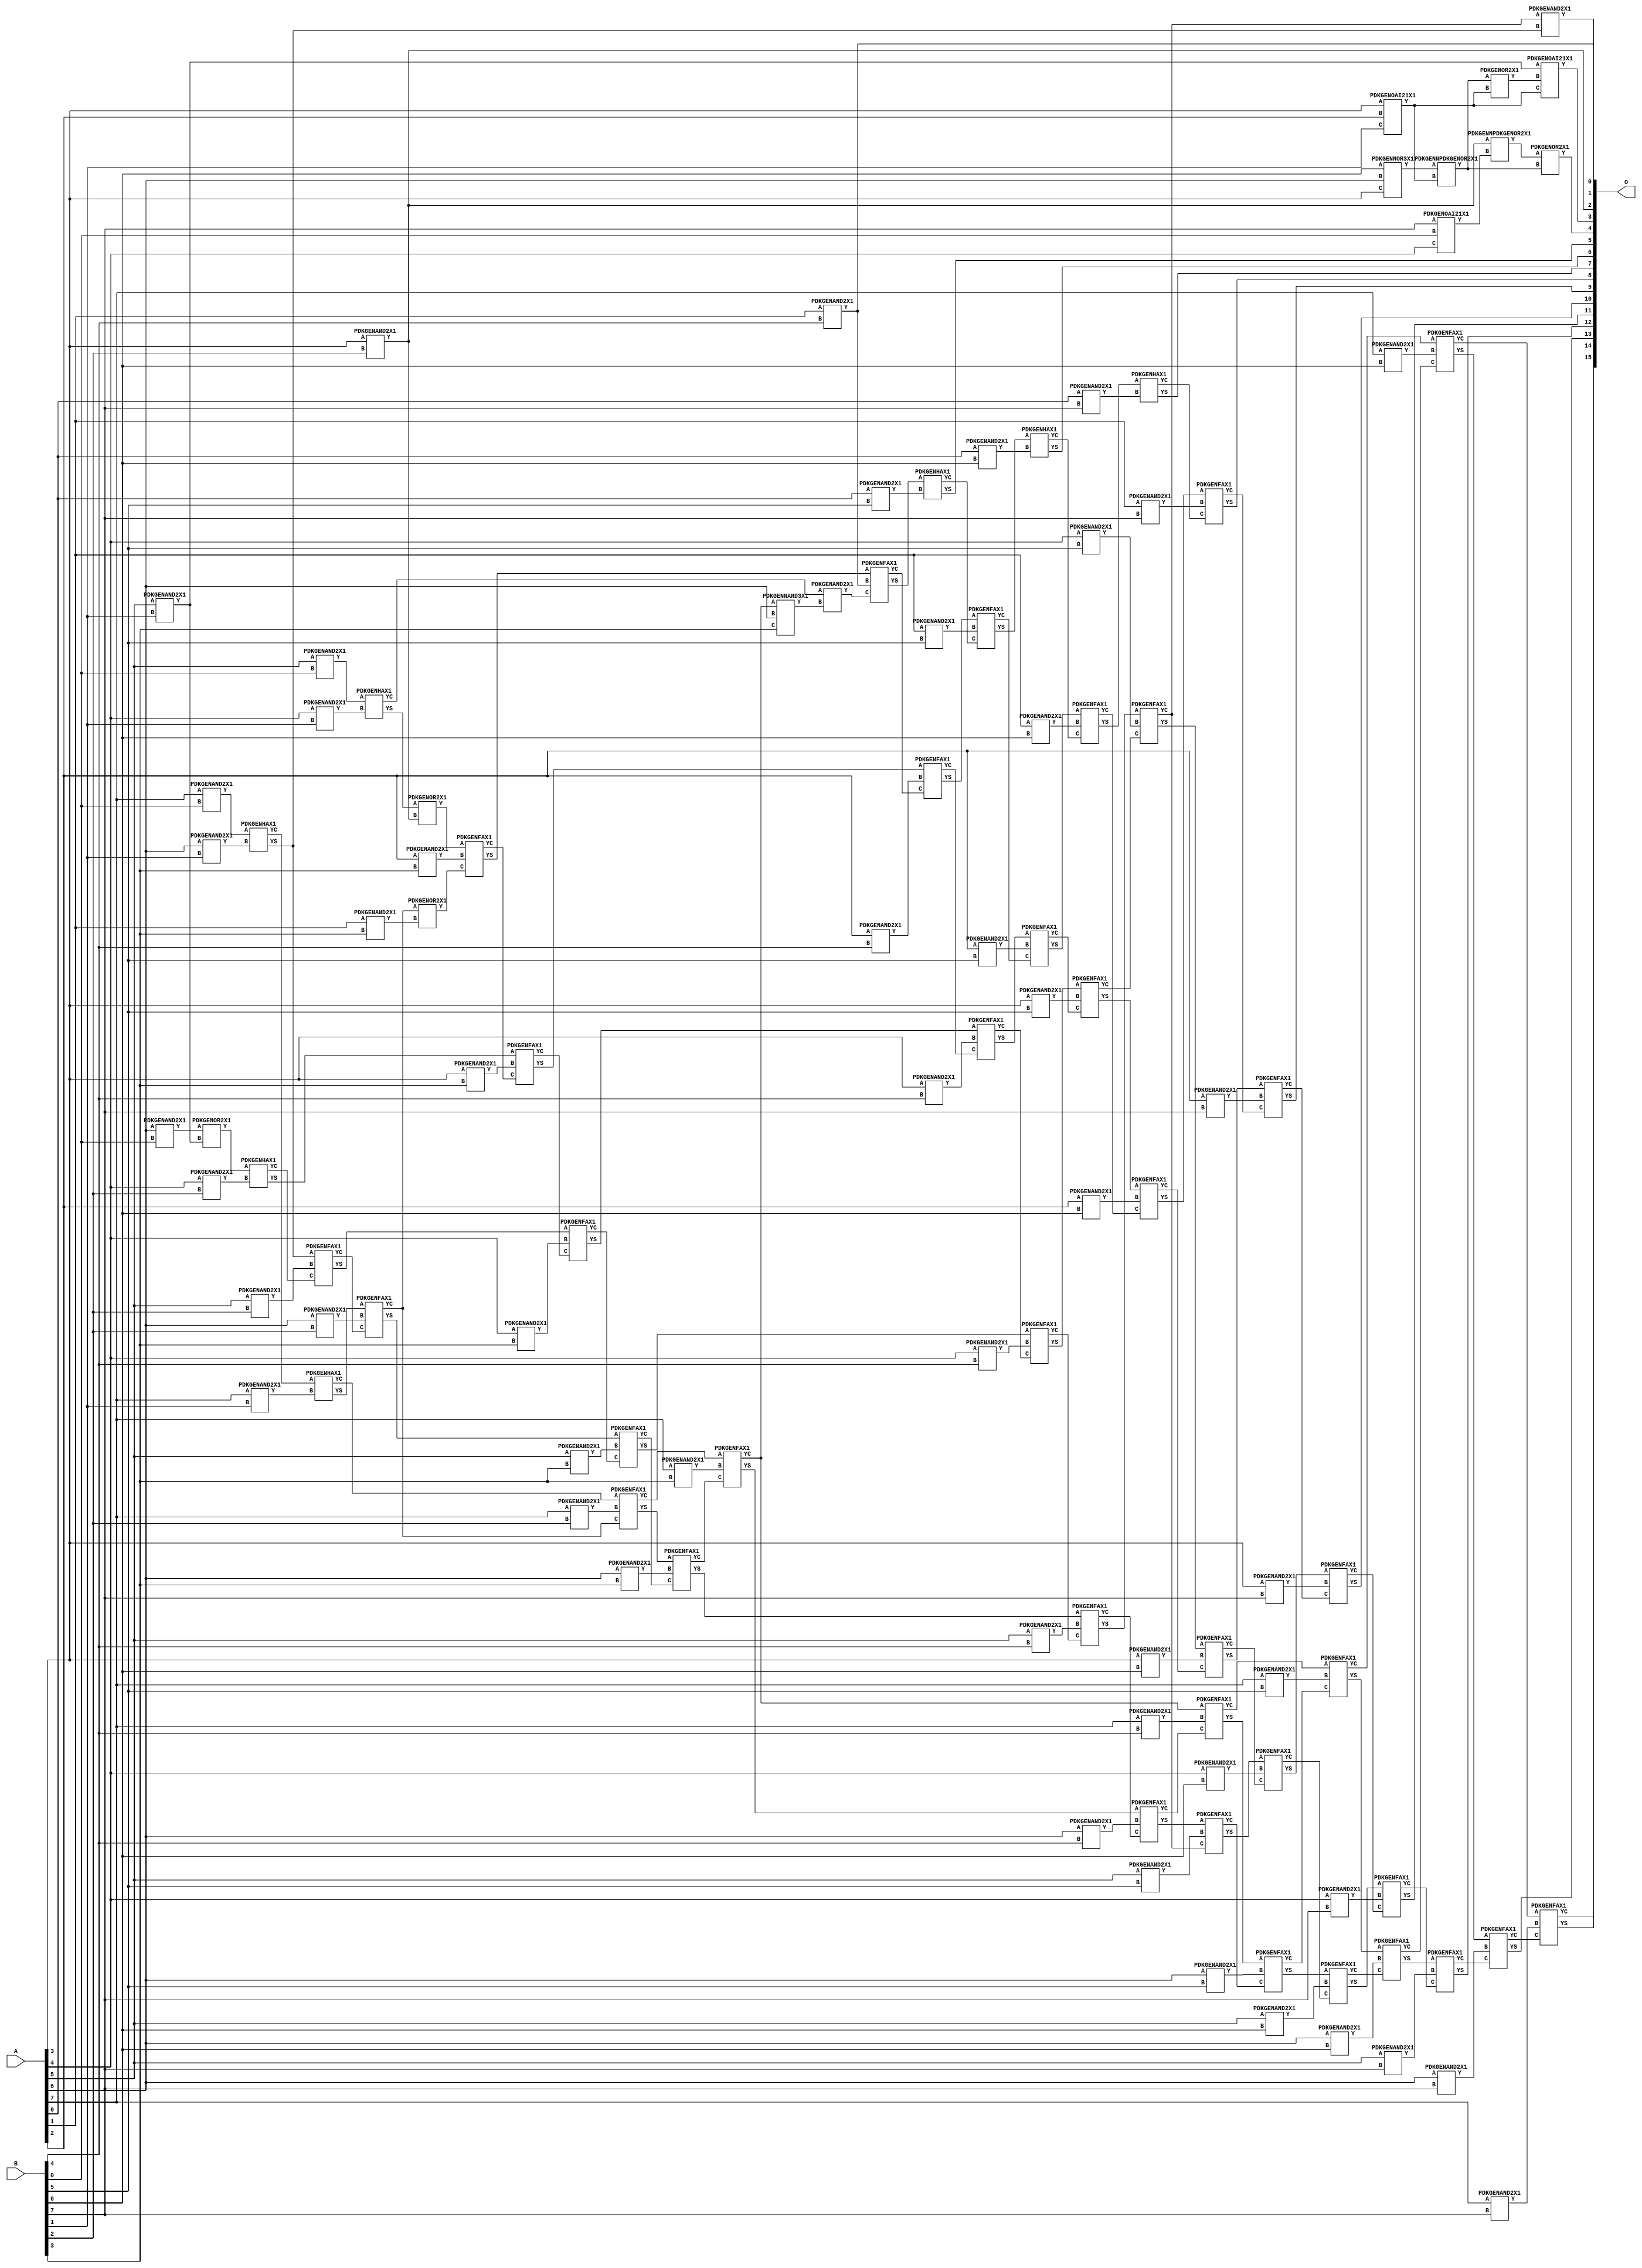
// Library = EvoApprox8b
// Circuit = mul8_302
// Area   (180) = 7041
// Delay  (180) = 5.860
// Power  (180) = 3791.90
// Area   (45) = 515
// Delay  (45) = 2.160
// Power  (45) = 329.60
// Nodes = 108
// HD = 190489
// MAE = 23.11163
// MSE = 1250.28607
// MRE = 0.81 %
// WCE = 195
// WCRE = 100 %
// EP = 89.5 %

module mul8_302(A, B, O);
  input [7:0] A;
  input [7:0] B;
  output [15:0] O;
  wire [2031:0] N;

  assign N[0] = A[0];
  assign N[1] = A[0];
  assign N[2] = A[1];
  assign N[3] = A[1];
  assign N[4] = A[2];
  assign N[5] = A[2];
  assign N[6] = A[3];
  assign N[7] = A[3];
  assign N[8] = A[4];
  assign N[9] = A[4];
  assign N[10] = A[5];
  assign N[11] = A[5];
  assign N[12] = A[6];
  assign N[13] = A[6];
  assign N[14] = A[7];
  assign N[15] = A[7];
  assign N[16] = B[0];
  assign N[17] = B[0];
  assign N[18] = B[1];
  assign N[19] = B[1];
  assign N[20] = B[2];
  assign N[21] = B[2];
  assign N[22] = B[3];
  assign N[23] = B[3];
  assign N[24] = B[4];
  assign N[25] = B[4];
  assign N[26] = B[5];
  assign N[27] = B[5];
  assign N[28] = B[6];
  assign N[29] = B[6];
  assign N[30] = B[7];
  assign N[31] = B[7];

  PDKGENNOR3X1 n32(.A(N[28]), .B(N[12]), .C(N[6]), .Y(N[32]));
  assign N[33] = N[32];
  PDKGENOAI21X1 n34(.A(N[6]), .B(N[4]), .C(N[18]), .Y(N[34]));
  assign N[35] = N[34];
  PDKGENNPDKGENOR2X1 n38(.A(N[33]), .B(N[34]), .Y(N[38]));
  assign N[39] = N[38];
  PDKGENOAI21X1 n46(.A(N[30]), .B(N[16]), .C(N[8]), .Y(N[46]));
  PDKGENAND2X1 n82(.A(N[6]), .B(N[20]), .Y(N[82]));
  assign N[83] = N[82];
  PDKGENNPDKGENOR2X1 n92(.A(N[82]), .B(N[46]), .Y(N[92]));
  assign N[93] = N[92];
  PDKGENAND2X1 n114(.A(N[10]), .B(N[16]), .Y(N[114]));
  PDKGENOR2X1 n118(.A(N[39]), .B(N[34]), .Y(N[118]));
  PDKGENAND2X1 n132(.A(N[12]), .B(N[16]), .Y(N[132]));
  PDKGENAND2X1 n148(.A(N[14]), .B(N[16]), .Y(N[148]));
  PDKGENOR2X1 n220(.A(N[93]), .B(N[38]), .Y(N[220]));
  assign N[221] = N[220];
  PDKGENAND2X1 n232(.A(N[8]), .B(N[18]), .Y(N[232]));
  PDKGENAND2X1 n248(.A(N[10]), .B(N[18]), .Y(N[248]));
  assign N[249] = N[248];
  PDKGENAND2X1 n264(.A(N[12]), .B(N[18]), .Y(N[264]));
  PDKGENAND2X1 n282(.A(N[14]), .B(N[18]), .Y(N[282]));
  PDKGENOAI21X1 n304(.A(N[249]), .B(N[118]), .C(N[35]), .Y(N[304]));
  PDKGENHAX1 n364(.A(N[114]), .B(N[232]), .YS(N[364]), .YC(N[365]));
  PDKGENOR2X1 n382(.A(N[132]), .B(N[248]), .Y(N[382]));
  PDKGENHAX1 n398(.A(N[148]), .B(N[264]), .YS(N[398]), .YC(N[399]));
  PDKGENHAX1 n414(.A(N[399]), .B(N[282]), .YS(N[414]), .YC(N[415]));
  PDKGENAND2X1 n498(.A(N[8]), .B(N[20]), .Y(N[498]));
  PDKGENAND2X1 n514(.A(N[10]), .B(N[20]), .Y(N[514]));
  PDKGENAND2X1 n532(.A(N[12]), .B(N[20]), .Y(N[532]));
  PDKGENAND2X1 n548(.A(N[14]), .B(N[20]), .Y(N[548]));
  PDKGENOR2X1 n614(.A(N[364]), .B(N[82]), .Y(N[614]));
  PDKGENHAX1 n632(.A(N[382]), .B(N[498]), .YS(N[632]), .YC(N[633]));
  PDKGENFAX1 n648(.A(N[398]), .B(N[514]), .C(N[633]), .YS(N[648]), .YC(N[649]));
  PDKGENFAX1 n664(.A(N[414]), .B(N[532]), .C(N[649]), .YS(N[664]), .YC(N[665]));
  PDKGENFAX1 n682(.A(N[415]), .B(N[548]), .C(N[665]), .YS(N[682]), .YC(N[683]));
  PDKGENAND2X1 n714(.A(N[2]), .B(N[22]), .Y(N[714]));
  PDKGENAND2X1 n732(.A(N[4]), .B(N[22]), .Y(N[732]));
  PDKGENAND2X1 n748(.A(N[6]), .B(N[22]), .Y(N[748]));
  PDKGENAND2X1 n764(.A(N[8]), .B(N[22]), .Y(N[764]));
  PDKGENAND2X1 n782(.A(N[10]), .B(N[22]), .Y(N[782]));
  PDKGENAND2X1 n798(.A(N[12]), .B(N[22]), .Y(N[798]));
  PDKGENAND2X1 n814(.A(N[14]), .B(N[22]), .Y(N[814]));
  PDKGENOR2X1 n848(.A(N[665]), .B(N[714]), .Y(N[848]));
  assign N[849] = N[848];
  PDKGENFAX1 n864(.A(N[614]), .B(N[732]), .C(N[849]), .YS(N[864]), .YC(N[865]));
  PDKGENFAX1 n882(.A(N[632]), .B(N[748]), .C(N[865]), .YS(N[882]), .YC(N[883]));
  PDKGENFAX1 n898(.A(N[648]), .B(N[764]), .C(N[883]), .YS(N[898]), .YC(N[899]));
  PDKGENFAX1 n914(.A(N[664]), .B(N[782]), .C(N[899]), .YS(N[914]), .YC(N[915]));
  PDKGENFAX1 n932(.A(N[682]), .B(N[798]), .C(N[915]), .YS(N[932]), .YC(N[933]));
  PDKGENFAX1 n948(.A(N[683]), .B(N[814]), .C(N[933]), .YS(N[948]), .YC(N[949]));
  PDKGENNAND3X1 n964(.A(N[949]), .B(N[12]), .C(N[22]), .Y(N[964]));
  PDKGENAND2X1 n982(.A(N[2]), .B(N[24]), .Y(N[982]));
  PDKGENAND2X1 n998(.A(N[4]), .B(N[24]), .Y(N[998]));
  PDKGENAND2X1 n1014(.A(N[6]), .B(N[24]), .Y(N[1014]));
  PDKGENAND2X1 n1032(.A(N[8]), .B(N[24]), .Y(N[1032]));
  PDKGENAND2X1 n1048(.A(N[10]), .B(N[24]), .Y(N[1048]));
  PDKGENAND2X1 n1064(.A(N[12]), .B(N[24]), .Y(N[1064]));
  PDKGENAND2X1 n1082(.A(N[14]), .B(N[24]), .Y(N[1082]));
  PDKGENAND2X1 n1098(.A(N[365]), .B(N[964]), .Y(N[1098]));
  assign N[1099] = N[1098];
  PDKGENFAX1 n1114(.A(N[864]), .B(N[982]), .C(N[1099]), .YS(N[1114]), .YC(N[1115]));
  PDKGENFAX1 n1132(.A(N[882]), .B(N[998]), .C(N[1115]), .YS(N[1132]), .YC(N[1133]));
  PDKGENFAX1 n1148(.A(N[898]), .B(N[1014]), .C(N[1133]), .YS(N[1148]), .YC(N[1149]));
  PDKGENFAX1 n1164(.A(N[914]), .B(N[1032]), .C(N[1149]), .YS(N[1164]), .YC(N[1165]));
  PDKGENFAX1 n1182(.A(N[932]), .B(N[1048]), .C(N[1165]), .YS(N[1182]), .YC(N[1183]));
  PDKGENFAX1 n1198(.A(N[948]), .B(N[1064]), .C(N[1183]), .YS(N[1198]), .YC(N[1199]));
  PDKGENFAX1 n1214(.A(N[949]), .B(N[1082]), .C(N[1199]), .YS(N[1214]), .YC(N[1215]));
  PDKGENAND2X1 n1232(.A(N[0]), .B(N[26]), .Y(N[1232]));
  PDKGENAND2X1 n1248(.A(N[2]), .B(N[26]), .Y(N[1248]));
  PDKGENAND2X1 n1264(.A(N[4]), .B(N[26]), .Y(N[1264]));
  PDKGENAND2X1 n1282(.A(N[6]), .B(N[26]), .Y(N[1282]));
  PDKGENAND2X1 n1298(.A(N[8]), .B(N[26]), .Y(N[1298]));
  PDKGENAND2X1 n1314(.A(N[10]), .B(N[26]), .Y(N[1314]));
  PDKGENAND2X1 n1332(.A(N[12]), .B(N[26]), .Y(N[1332]));
  PDKGENAND2X1 n1348(.A(N[14]), .B(N[26]), .Y(N[1348]));
  PDKGENHAX1 n1364(.A(N[1114]), .B(N[1232]), .YS(N[1364]), .YC(N[1365]));
  PDKGENFAX1 n1382(.A(N[1132]), .B(N[1248]), .C(N[1365]), .YS(N[1382]), .YC(N[1383]));
  PDKGENFAX1 n1398(.A(N[1148]), .B(N[1264]), .C(N[1383]), .YS(N[1398]), .YC(N[1399]));
  PDKGENFAX1 n1414(.A(N[1164]), .B(N[1282]), .C(N[1399]), .YS(N[1414]), .YC(N[1415]));
  PDKGENFAX1 n1432(.A(N[1182]), .B(N[1298]), .C(N[1415]), .YS(N[1432]), .YC(N[1433]));
  PDKGENFAX1 n1448(.A(N[1198]), .B(N[1314]), .C(N[1433]), .YS(N[1448]), .YC(N[1449]));
  PDKGENFAX1 n1464(.A(N[1214]), .B(N[1332]), .C(N[1449]), .YS(N[1464]), .YC(N[1465]));
  PDKGENFAX1 n1482(.A(N[1215]), .B(N[1348]), .C(N[1465]), .YS(N[1482]), .YC(N[1483]));
  PDKGENAND2X1 n1498(.A(N[0]), .B(N[28]), .Y(N[1498]));
  PDKGENAND2X1 n1514(.A(N[2]), .B(N[28]), .Y(N[1514]));
  PDKGENAND2X1 n1532(.A(N[4]), .B(N[28]), .Y(N[1532]));
  PDKGENAND2X1 n1548(.A(N[6]), .B(N[28]), .Y(N[1548]));
  PDKGENAND2X1 n1564(.A(N[8]), .B(N[28]), .Y(N[1564]));
  PDKGENAND2X1 n1582(.A(N[10]), .B(N[28]), .Y(N[1582]));
  PDKGENAND2X1 n1598(.A(N[12]), .B(N[28]), .Y(N[1598]));
  PDKGENAND2X1 n1614(.A(N[14]), .B(N[28]), .Y(N[1614]));
  PDKGENHAX1 n1632(.A(N[1382]), .B(N[1498]), .YS(N[1632]), .YC(N[1633]));
  PDKGENFAX1 n1648(.A(N[1398]), .B(N[1514]), .C(N[1633]), .YS(N[1648]), .YC(N[1649]));
  PDKGENFAX1 n1664(.A(N[1414]), .B(N[1532]), .C(N[1649]), .YS(N[1664]), .YC(N[1665]));
  PDKGENFAX1 n1682(.A(N[1432]), .B(N[1548]), .C(N[1665]), .YS(N[1682]), .YC(N[1683]));
  PDKGENFAX1 n1698(.A(N[1448]), .B(N[1564]), .C(N[1683]), .YS(N[1698]), .YC(N[1699]));
  PDKGENFAX1 n1714(.A(N[1464]), .B(N[1582]), .C(N[1699]), .YS(N[1714]), .YC(N[1715]));
  PDKGENAND2X1 n1720(.A(N[1433]), .B(N[398]), .Y(N[1720]));
  assign N[1721] = N[1720];
  PDKGENFAX1 n1732(.A(N[1482]), .B(N[1598]), .C(N[1715]), .YS(N[1732]), .YC(N[1733]));
  PDKGENFAX1 n1748(.A(N[1483]), .B(N[1614]), .C(N[1733]), .YS(N[1748]), .YC(N[1749]));
  PDKGENAND2X1 n1764(.A(N[0]), .B(N[30]), .Y(N[1764]));
  PDKGENAND2X1 n1782(.A(N[2]), .B(N[30]), .Y(N[1782]));
  PDKGENAND2X1 n1798(.A(N[4]), .B(N[30]), .Y(N[1798]));
  PDKGENAND2X1 n1814(.A(N[6]), .B(N[30]), .Y(N[1814]));
  PDKGENAND2X1 n1832(.A(N[8]), .B(N[30]), .Y(N[1832]));
  PDKGENAND2X1 n1848(.A(N[10]), .B(N[30]), .Y(N[1848]));
  PDKGENAND2X1 n1864(.A(N[12]), .B(N[30]), .Y(N[1864]));
  PDKGENAND2X1 n1882(.A(N[14]), .B(N[30]), .Y(N[1882]));
  PDKGENHAX1 n1898(.A(N[1648]), .B(N[1764]), .YS(N[1898]), .YC(N[1899]));
  PDKGENFAX1 n1914(.A(N[1664]), .B(N[1782]), .C(N[1899]), .YS(N[1914]), .YC(N[1915]));
  PDKGENFAX1 n1932(.A(N[1682]), .B(N[1798]), .C(N[1915]), .YS(N[1932]), .YC(N[1933]));
  PDKGENFAX1 n1948(.A(N[1698]), .B(N[1814]), .C(N[1933]), .YS(N[1948]), .YC(N[1949]));
  PDKGENFAX1 n1964(.A(N[1714]), .B(N[1832]), .C(N[1949]), .YS(N[1964]), .YC(N[1965]));
  PDKGENFAX1 n1982(.A(N[1732]), .B(N[1848]), .C(N[1965]), .YS(N[1982]), .YC(N[1983]));
  PDKGENFAX1 n1998(.A(N[1748]), .B(N[1864]), .C(N[1983]), .YS(N[1998]), .YC(N[1999]));
  PDKGENFAX1 n2014(.A(N[1749]), .B(N[1882]), .C(N[1999]), .YS(N[2014]), .YC(N[2015]));

  assign O[0] = N[1721];
  assign O[1] = N[982];
  assign O[2] = N[83];
  assign O[3] = N[304];
  assign O[4] = N[221];
  assign O[5] = N[1364];
  assign O[6] = N[1632];
  assign O[7] = N[1898];
  assign O[8] = N[1914];
  assign O[9] = N[1932];
  assign O[10] = N[1948];
  assign O[11] = N[1964];
  assign O[12] = N[1982];
  assign O[13] = N[1998];
  assign O[14] = N[2014];
  assign O[15] = N[2015];

endmodule
/* mod */
module PDKGENOAI21X1( input A, input B, input C, output Y );
    assign Y = ~((A | B) & C);
endmodule
/* mod */
module PDKGENNAND3X1(input A, input B, input C, output Y );
     assign Y = ~((A & B) & C);
endmodule
/* mod */
module PDKGENHAX1( input A, input B, output YS, output YC );
    assign YS = A ^ B;
    assign YC = A & B;
endmodule
/* mod */
module PDKGENNOR3X1(input A, input B, input C, output Y );
     assign Y = ~((A | B) | C);
endmodule
/* mod */
module PDKGENAND2X1(input A, input B, output Y );
     assign Y = A & B;
endmodule
/* mod */
module PDKGENNPDKGENOR2X1(input A, input B, output Y );
     assign Y = ~(A | B);
endmodule
/* mod */
module PDKGENFAX1( input A, input B, input C, output YS, output YC );
    assign YS = (A ^ B) ^ C;
    assign YC = (A & B) | (B & C) | (A & C);
endmodule
/* mod */
module PDKGENOR2X1(input A, input B, output Y );
     assign Y = A | B;
endmodule